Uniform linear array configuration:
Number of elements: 24
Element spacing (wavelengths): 0.5
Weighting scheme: hann
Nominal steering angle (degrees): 15
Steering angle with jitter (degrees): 14.67
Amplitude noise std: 0.05
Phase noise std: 0.05

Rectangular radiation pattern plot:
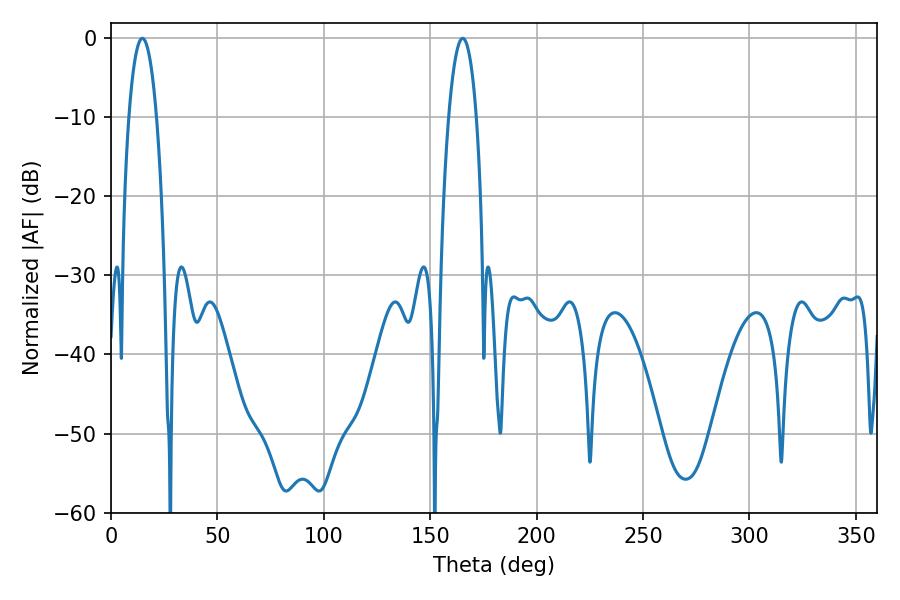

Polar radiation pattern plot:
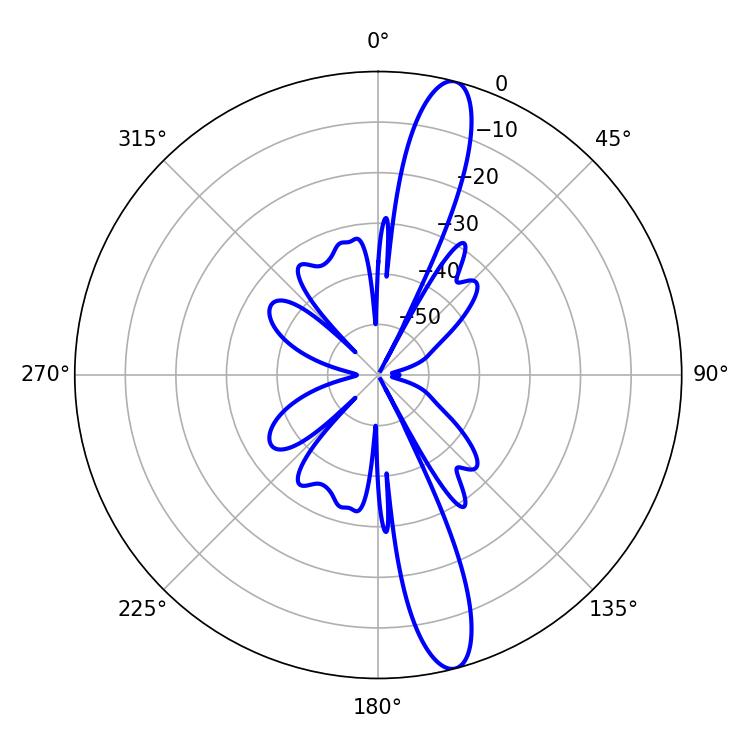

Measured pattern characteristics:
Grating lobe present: FALSE
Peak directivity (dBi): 14.621
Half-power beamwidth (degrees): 7.2
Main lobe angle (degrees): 14.76